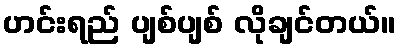
ဟင်းရည် ပျစ်ပျစ် လိုချင်တယ်။